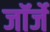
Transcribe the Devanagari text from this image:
जॉर्जे